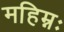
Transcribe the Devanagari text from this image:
महिम्नः